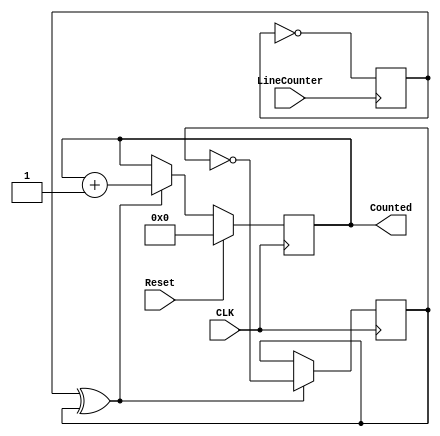
`timescale 1ns / 1ps
//////////////////////////////////////////////////////////////////////////////////
// Company: 
// Engineer: 
// 
// Design Name: 
// Module Name:    LineCounter 
// Project Name: 
// Target Devices: 
// Tool versions: 
// Description: 
//
// Dependencies: 
//
// Revision: 
// Revision 0.01 - File Created
// Additional Comments: 
//
//////////////////////////////////////////////////////////////////////////////////
module LineCounter(
			input CLK,
			input LineCounter,
			input Reset,
			output [15:0] Counted
    );
	
	reg [15:0] Count;
	assign Counted = Count;
	reg SET1, SET2;
	wire SET;
	
	initial begin
		Count = 0;
		SET1 = 0;
		SET2 = 0;
	end
	
	// use xor to have cross-block communication
	xor(SET, SET1, SET2); 
	
	always @(posedge LineCounter) begin
		SET1 <= ~SET1;
	end
	
	// the line counter directly counts the inputs.
	// if a reset occurs, set count to 0.
	always @(posedge CLK) begin
		Count <= (Reset) ? 0 : ((SET) ? Count+1 : Count);
		SET2 <= (SET) ? ~SET2 : SET2; // reset set
	end

endmodule